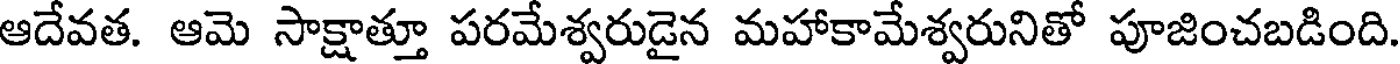
ఆదేవత. ఆమె సాక్షాత్తూ పరమేశ్వరుడైన మహాకామేశ్వరునితో పూజించబడింది